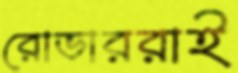
রোভাররাই